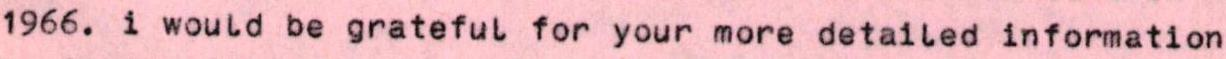
1966. i would be grateful for your more detailed information